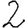
Digit: 2